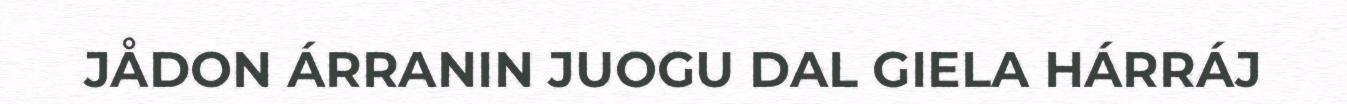
JÅDON ÁRRANIN JUOGU DAL GIELA HÁRRÁJ